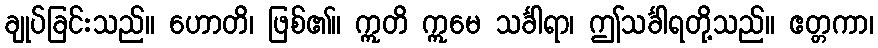
ချုပ်ခြင်းသည်။ ဟောတိ၊ ဖြစ်၏။ ဣတိ ဣမေ သင်္ခါရာ၊ ဤသင်္ခါရတို့သည်။ ဧတ္တကာ၊